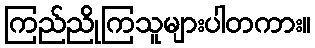
ကြည်ညိုကြသူများပါတကား။